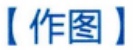
【作图】